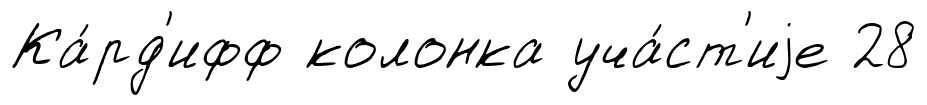
Ка́рд'ифф колонка уча́ст'иjе 28